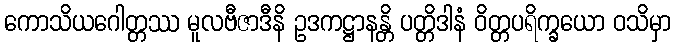
ကောသိယဂေါတ္တဿ မူလဗီဇာဒီနိ ဥဒကဋ္ဌာနန္တိ ပတ္တိဒါနံ ဝိတ္တပရိက္ခယော ဝသိမှာ